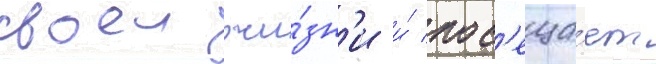
своеи жи́зн'и и́ пос'еща́ет